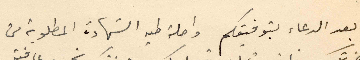
بعد الدعاء بتوفيقكم واصلة طيه الشهادة المطلوبة من